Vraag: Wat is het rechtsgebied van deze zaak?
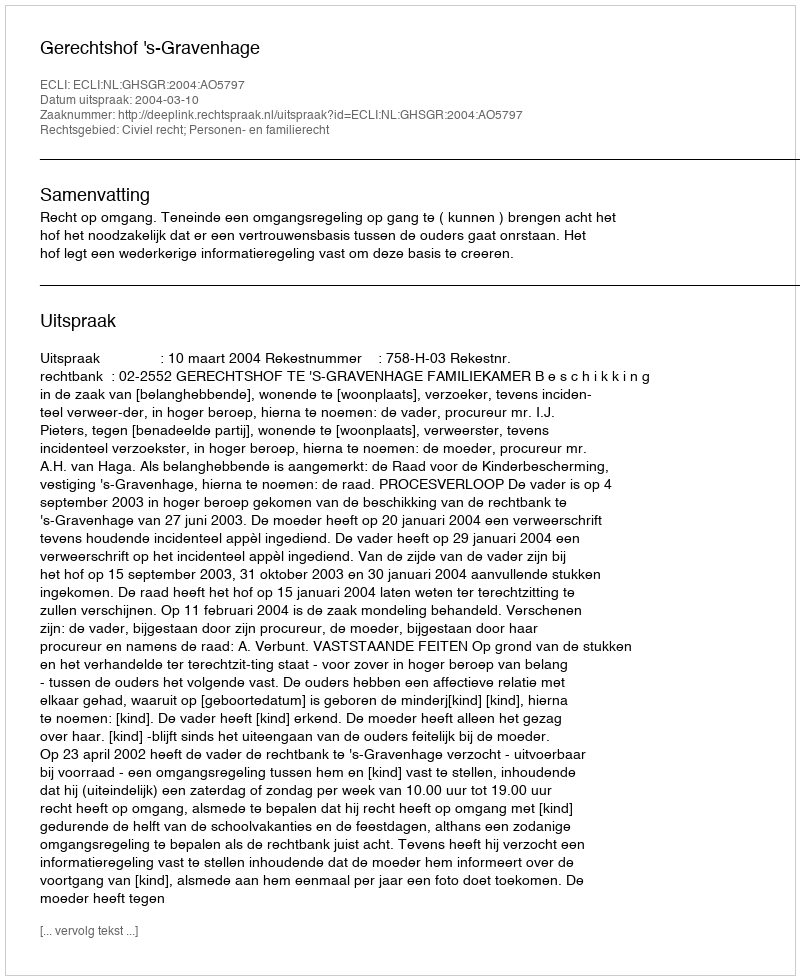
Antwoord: Civiel recht; Personen- en familierecht